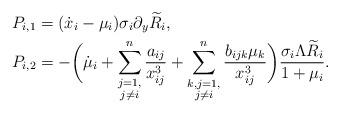
LaTeX: \begin{align*}&P_{i,1}=(\dot{x}_i-\mu_i)\sigma_i\partial_y\widetilde{R}_i,\\&P_{i,2}=-\bigg(\dot{\mu}_i+\sum^n_{\substack{j=1,\\j\not=i}}\frac{a_{ij}}{x^3_{ij}}+\sum^n_{\substack{k,j=1,\\j\not=i}}\frac{b_{ijk}\mu_k}{x^3_{ij}}\bigg)\frac{\sigma_i\Lambda\widetilde{R}_i}{1+\mu_i}.\end{align*}